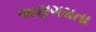
અણગમતા